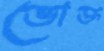
ভোক্ত